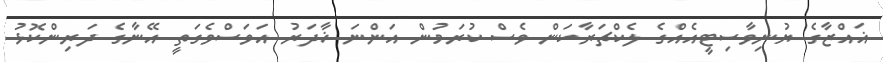
ޣައްޒާގެ ޔުނިވާސިޓީއެއްގެ ލެކްޗަރާކަން ވެސް ކުރަމުން އަންނަ ޚާދަރު އަވަސްވެގަތީ އޭނާގެ ދަރިންކޮޅު